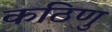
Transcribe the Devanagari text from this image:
कठिणु